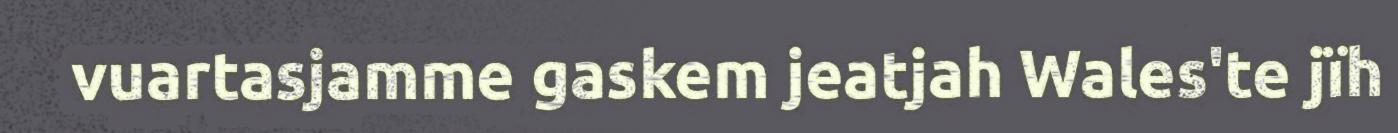
vuartasjamme gaskem jeatjah Wales'te jïh